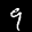
Digit: 9